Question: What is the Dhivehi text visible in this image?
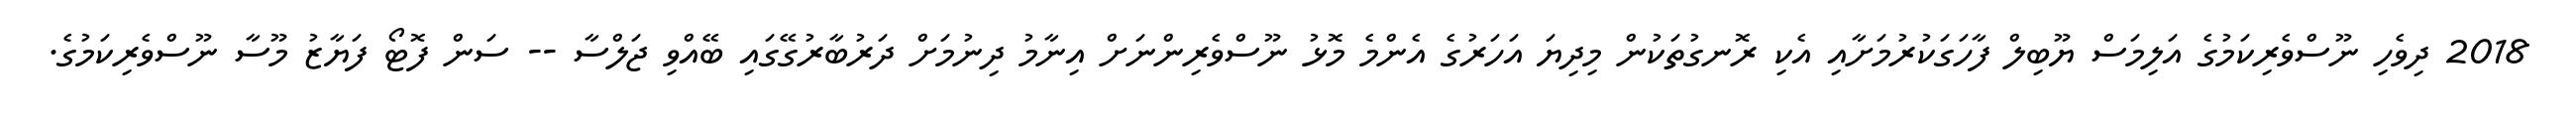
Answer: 2018 ދިވެހި ނޫސްވެރިކަމުގެ އަލިމަސް ޔޫބިލް ފާހަގަކުރުމަށާއި އެކި ރޮނގުތަކުން މިދިޔަ އަހަރުގެ އެންމެ މޮޅު ނޫސްވެރިންނަށް އިނާމު ދިނުމަށް ދަރުބާރުގޭގައި ބޭއްވި ޖަލްސާ -- ސަން ފޮޓޯ ފަޔާޒު މޫސާ ނޫސްވެރިކަމުގެ.